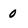
Character: 0